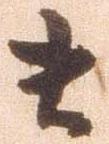
ま